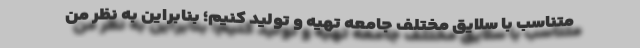
متناسب با سلایق مختلف جامعه تهیه و تولید کنیم؛ بنابراین به نظر من